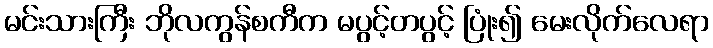
မင်းသားကြီး ဘိုလကွန်စကီက မပွင့်တပွင့် ပြုံး၍ မေးလိုက်လေရာ